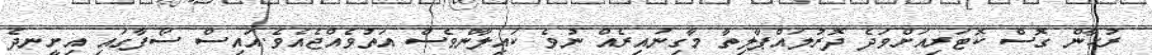
ރުހާން ގޮސް ކޮޓަރިއަށްވަދެ ދޮރުލައްޕާލިތާ މާގިނައިރެއް ނުވެ ކައިލާންވެސް އަތުވެއްޖެއެވެ.އައިސް ސޯފާގައި އިށީނދެ